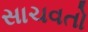
સાચવતો